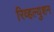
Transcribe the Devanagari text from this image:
रिव्हल्युशन